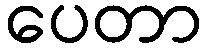
ပေတာ